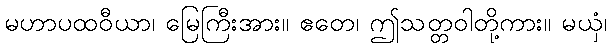
မဟာပထဝီယာ၊ မြေကြီးအား။ ဧတေ၊ ဤသတ္တဝါတို့ကား။ မယှံ၊